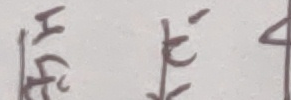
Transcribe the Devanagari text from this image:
हटायें